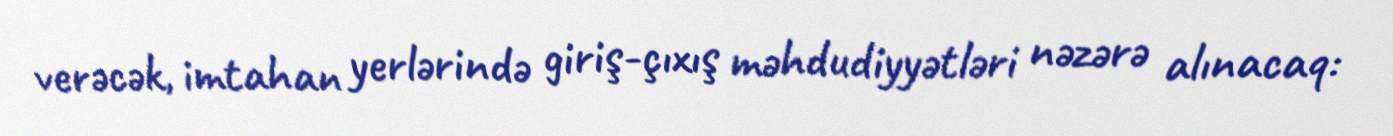
verəcək, imtahan yerlərində giriş-çıxış məhdudiyyətləri nəzərə alınacaq: